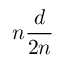
n { \frac { d } { 2 n } }